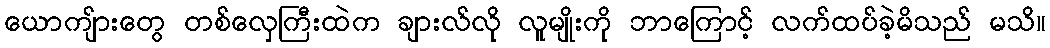
ယောကျ်ားတွေ တစ်လှေကြီးထဲက ချားလ်လို လူမျိုးကို ဘာကြောင့် လက်ထပ်ခဲ့မိသည် မသိ။